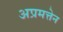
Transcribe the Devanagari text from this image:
अप्रमत्तेन